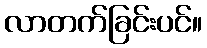
လာတက်ခြင်းပင်။